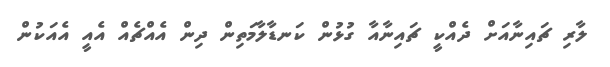
ލާރި ޗައިނާއަށް ދެއްކީ ޗައިނާއާ ގުޅުން ކަނޑާލާމަތިން ދިން އެއްޗެއް އެއީ އެއަކުން